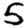
Digit: 5